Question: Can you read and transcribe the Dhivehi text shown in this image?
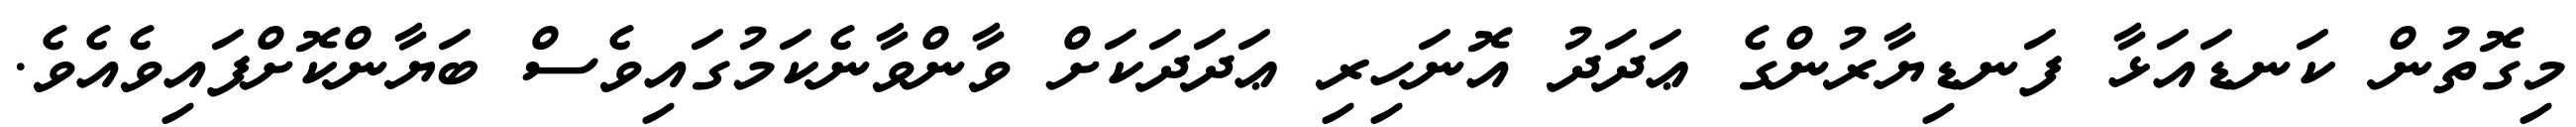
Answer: މިގޮތުން ކަނޑައަޅާ ފަނޑިޔާރުންގެ ޢަދަދު އޮނަހިރި ޢަދަދަކަށް ވާންވާނެކަމުގައިވެސް ބަޔާންކޮށްފައިވެއެވެ.